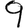
Digit: 9